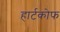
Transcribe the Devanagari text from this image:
हार्टकोफ